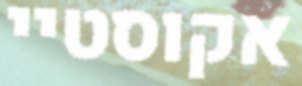
אקוסטיי